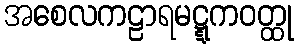
အစေလကဠာရမဋ္ဋကဝတ္ထု